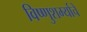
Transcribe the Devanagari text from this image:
विष्णुशर्म्याचे